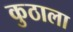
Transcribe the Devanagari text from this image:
कुठाला